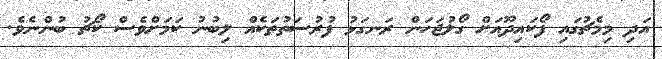
އަދި މިމެޗުގައި ފޯކައިދޫއަށް ގޯލުޖަހަން ރަނގަޅު ފުރުސަތުތަކެއް ލިބުނު ކަމަށްވެސް ކޯޗު ބުންނެވެ.